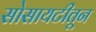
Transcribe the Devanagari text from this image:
सोसायटीतून